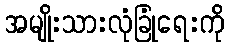
အမျိုးသားလုံခြုံရေးကို